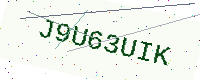
Text: J9U63UIK